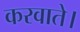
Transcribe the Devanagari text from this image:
करवाते।